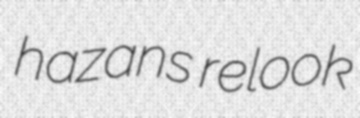
hazans relook